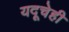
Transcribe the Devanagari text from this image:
यदूचेही